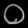
Digit: ၀